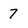
Character: 7